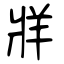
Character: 牂